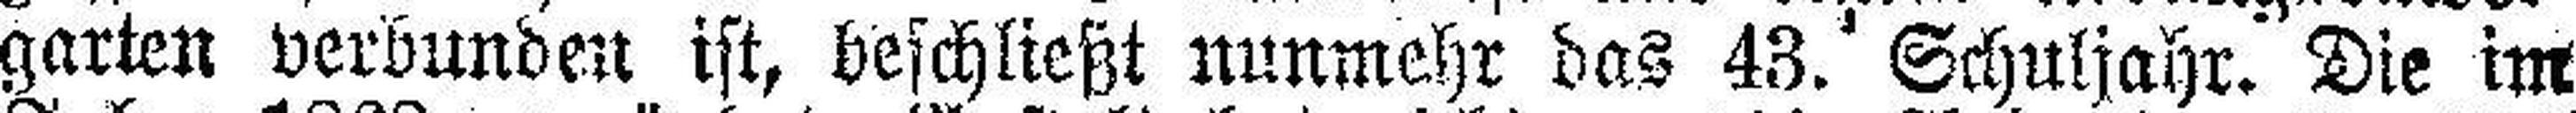
garten verbunden ist, beschließt nunmehr das 43. Schuljahr. Die im